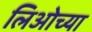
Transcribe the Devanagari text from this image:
लिओच्या